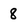
Character: 8